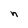
Character: n